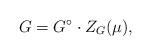
LaTeX: \begin{align*} G=G^\circ\cdot Z_G(\mu ),\end{align*}